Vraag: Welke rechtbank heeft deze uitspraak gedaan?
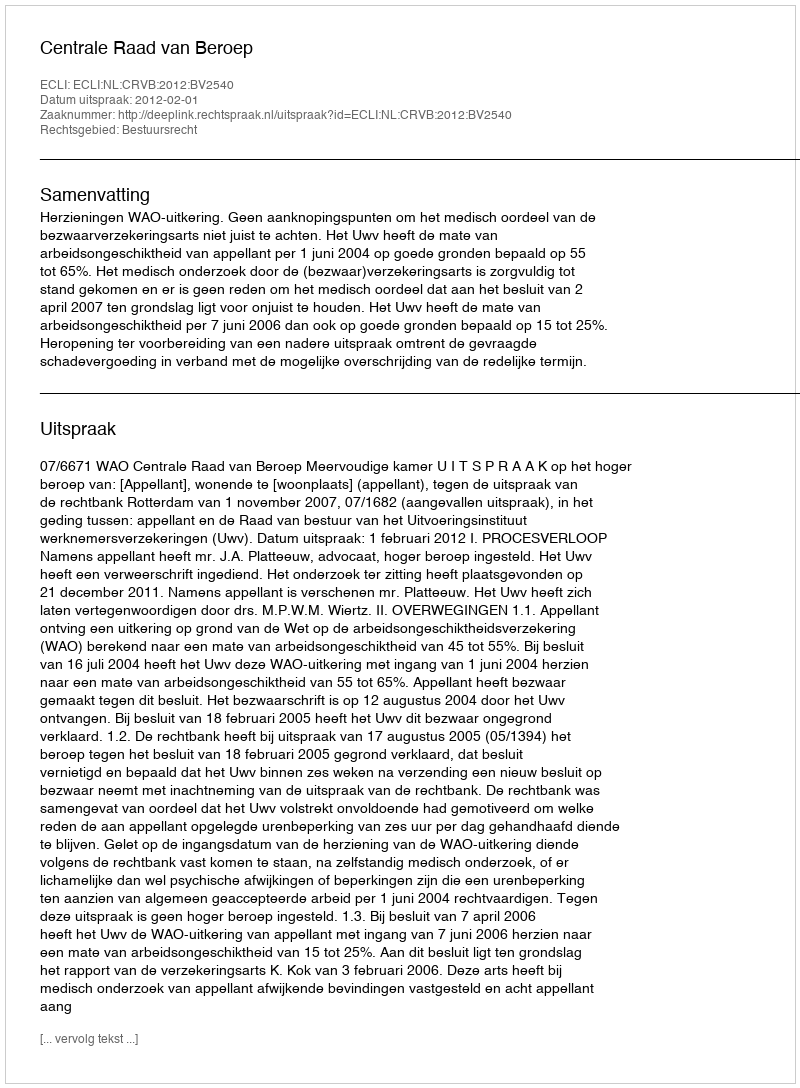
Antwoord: Centrale Raad van Beroep